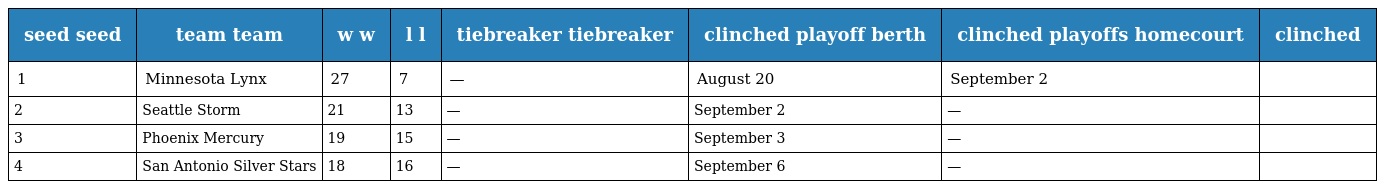
| seed seed | team team | w w | l l | tiebreaker tiebreaker | clinched playoff berth | clinched playoffs homecourt | clinched |
 | --- | --- | --- | --- | --- | --- | --- | --- |
 | 1 | Minnesota Lynx | 27 | 7 | — | August 20 | September 2 |  |
 | 2 | Seattle Storm | 21 | 13 | — | September 2 | — |  |
 | 3 | Phoenix Mercury | 19 | 15 | — | September 3 | — |  |
 | 4 | San Antonio Silver Stars | 18 | 16 | — | September 6 | — |  |